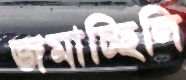
জমাচ্ছিলি